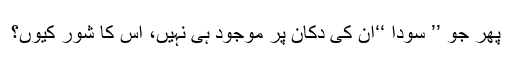
پھر جو ’’ سودا ‘‘اُن کی دُکان پر موجود ہی نہیں، اُس کا شور کیوں؟